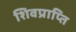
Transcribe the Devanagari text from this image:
शिवप्राप्ति